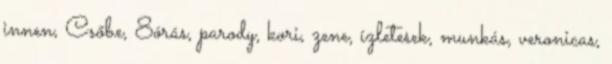
innen, Csőbe, 8órás, parody, kori, zene, ízletesek, munkás, veronicas,